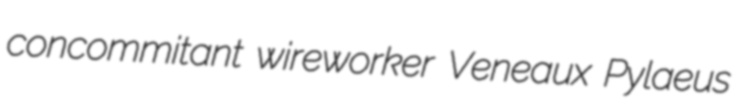
concommitant wireworker Veneaux Pylaeus